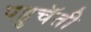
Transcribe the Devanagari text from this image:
पहुचॅती